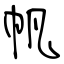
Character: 帆